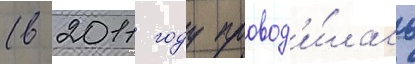
(в 2011 году провод'и́лась